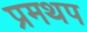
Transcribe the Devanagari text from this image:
प्रमथप